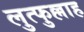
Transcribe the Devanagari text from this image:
लुत्फुल्लाह